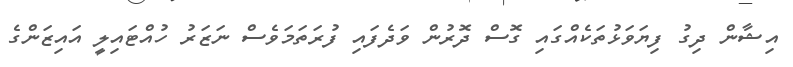
އިޝާން ދިގު ފިޔަވަޅުތަކެއްގައި ގޮސް ދޮރުން ވަދެފައި ފުރަތަމަވެސް ނަޒަރު ހުއްޓައިލީ އައިޒަންގެ